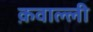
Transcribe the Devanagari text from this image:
क़वाल्ली